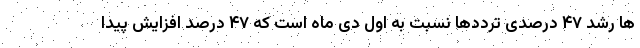
ها رشد ۴۷ درصدی ترددها نسبت به اول دی ماه است که ۴۷ درصد افزایش پیدا